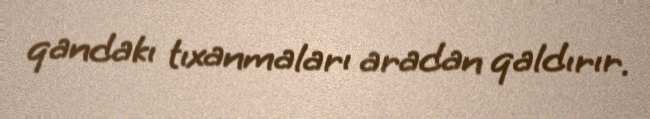
qandakı tıxanmaları aradan qaldırır.